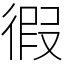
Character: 徦